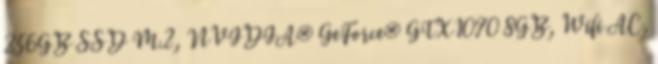
256GB SSD M.2, NVIDIA® GeForce® GTX1070 8GB, Wifi AC,